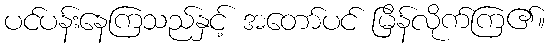
ပင်ပန်းနေကြသည်နှင့် အတော်ပင် မြိန်လိုက်ကြ၏။